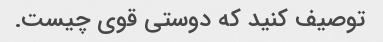
توصیف کنید که دوستی قوی چیست.